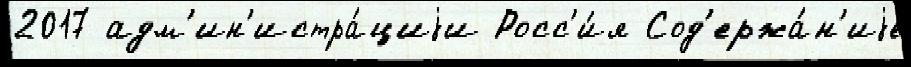
2017 адм'ин'истра́циjи Росс'и́я Сод'ержа́н'иjе